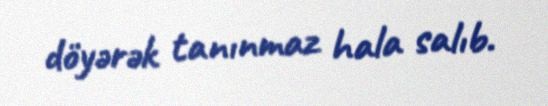
döyərək tanınmaz hala salıb.